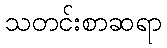
သတင်းစာဆရာ